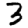
Digit: 3